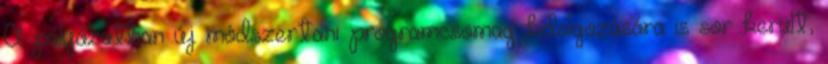
A pályázatban új módszertani programcsomag kidolgozására is sor került,